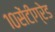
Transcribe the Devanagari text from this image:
१०सेंटीग्रेड